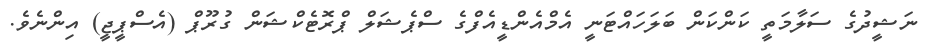
ނަޝީދުގެ ސަލާމަތީ ކަންކަން ބަލަހައްޓަނީ އެމްއެންޑީއެފްގެ ސްޕެޝަލް ޕްރޮޓެކްޝަން ގުރޫޕް (އެސްޕީޖީ) އިންނެވެ.